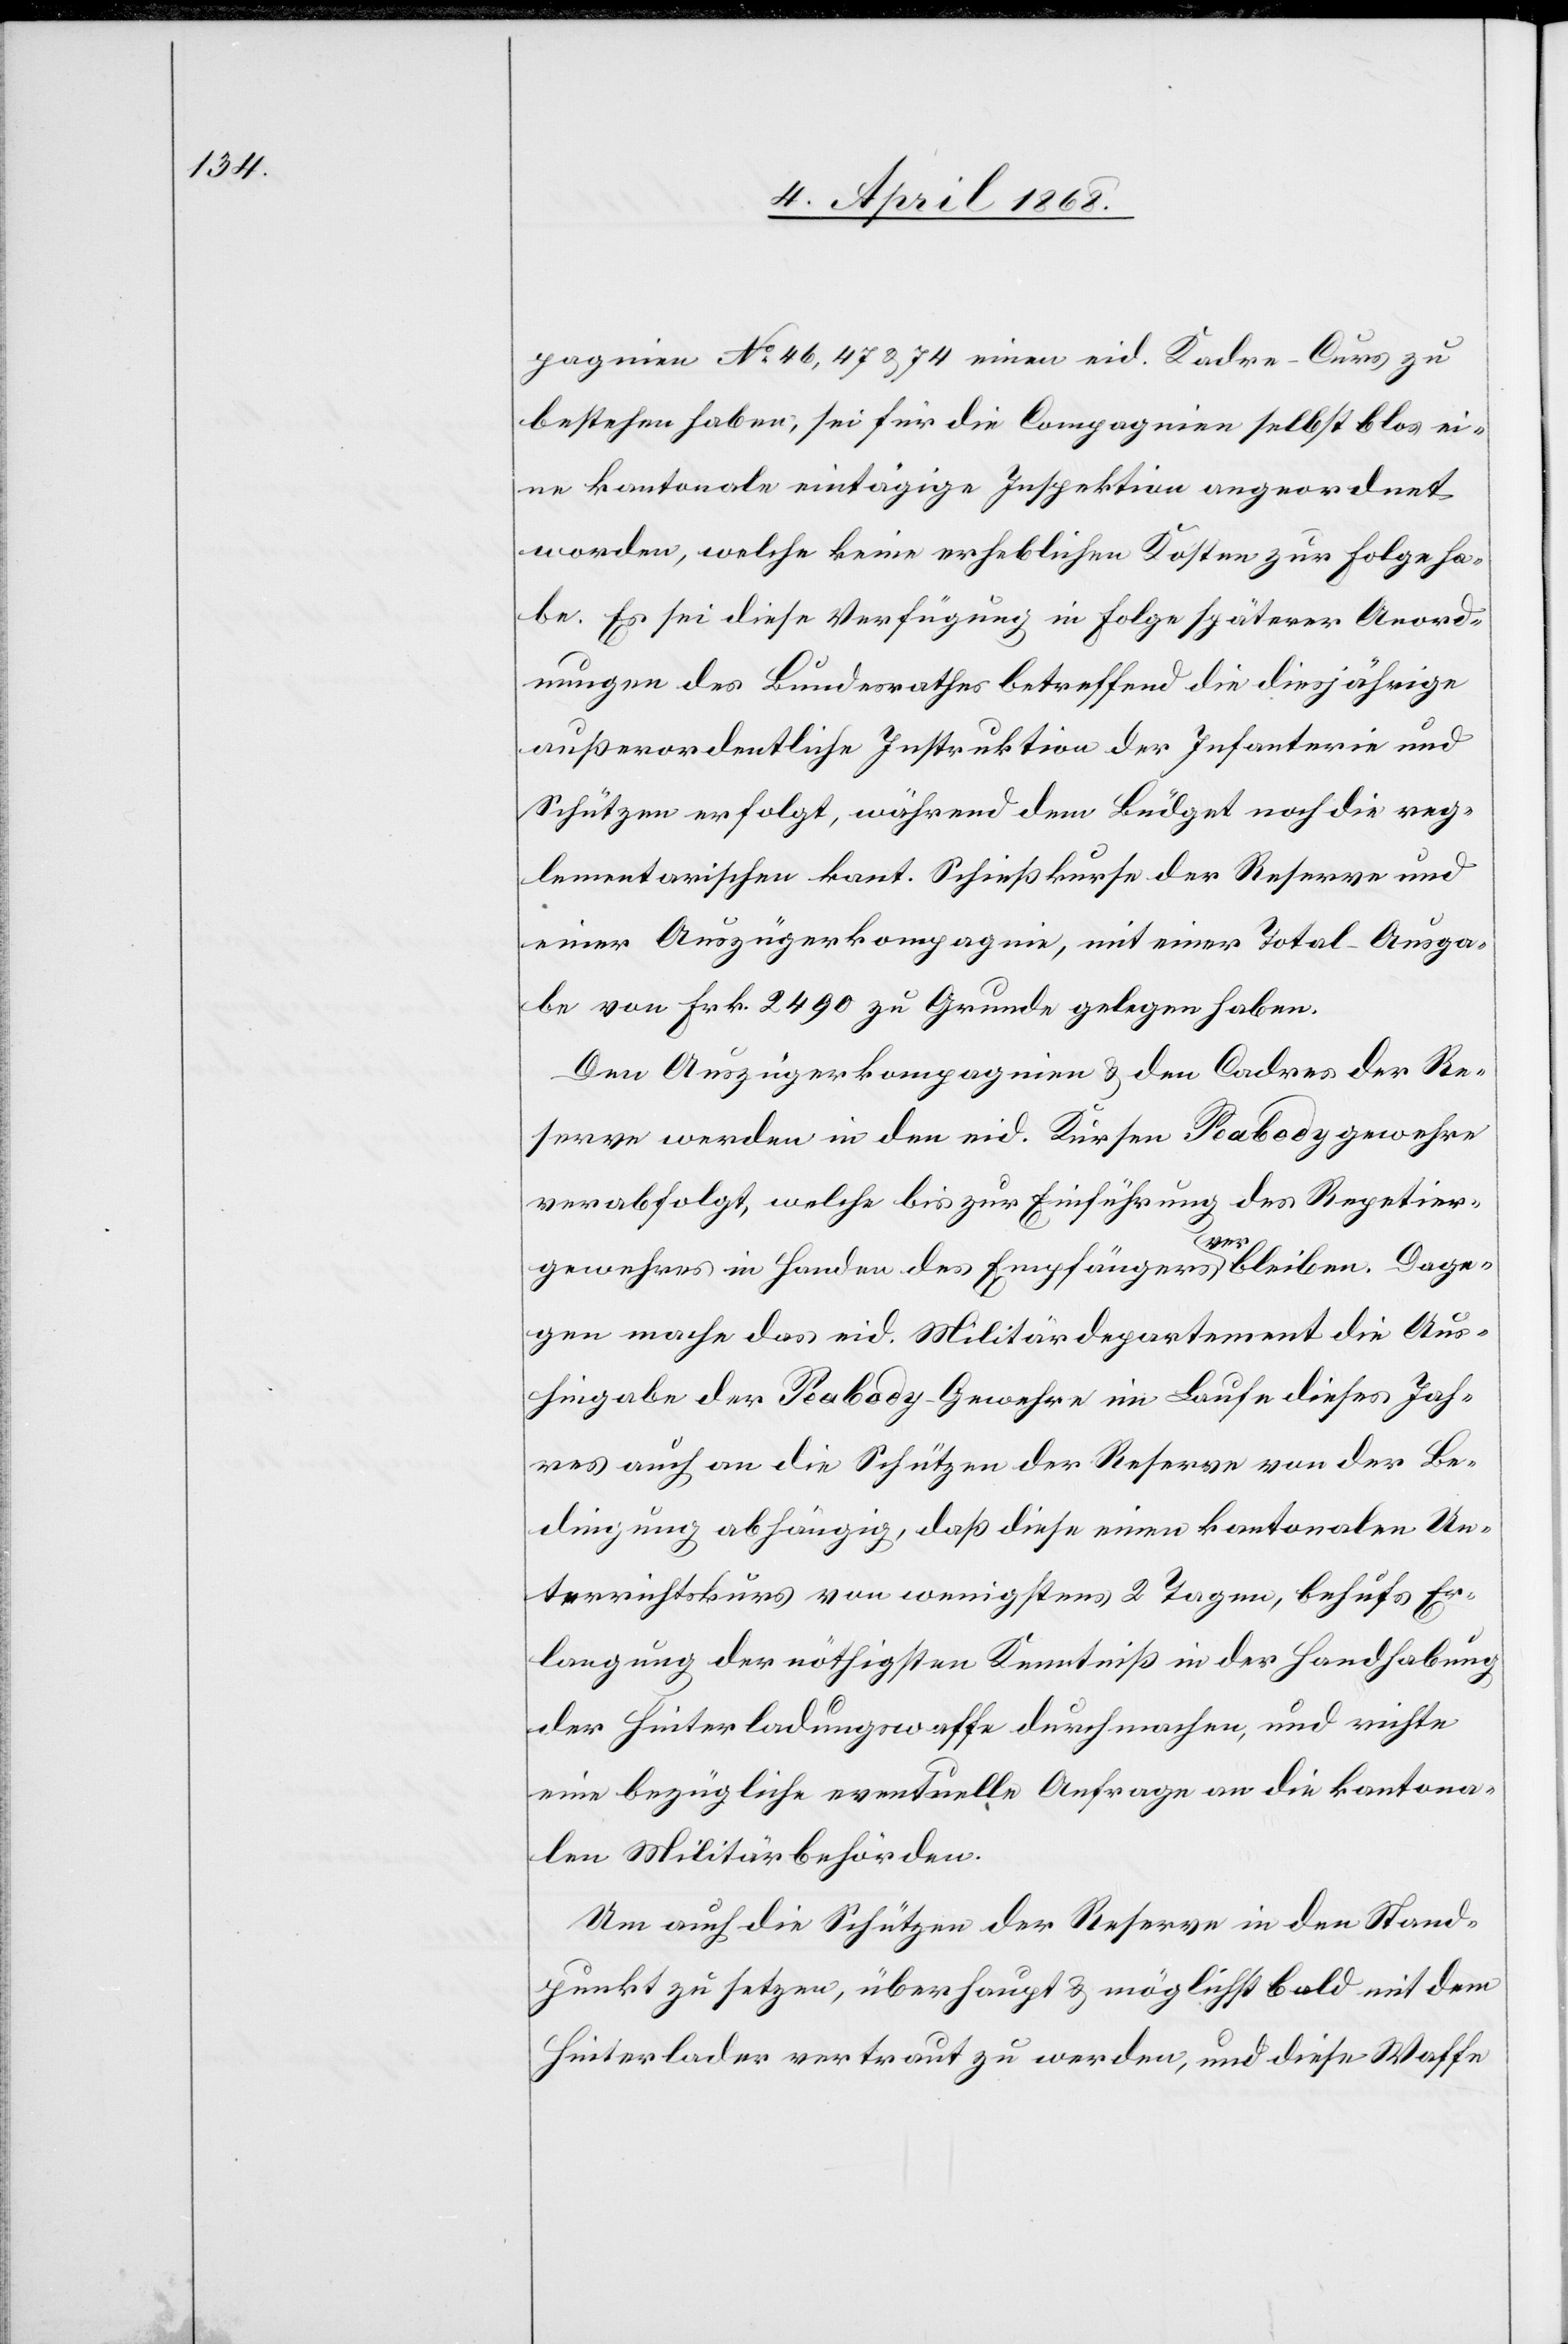
pagnien No. 46, 47 & 74 einen eid. Kadre-Curs zu
bestehen haben, sei für die Compagnien selbst blos ei¬
ne kantonale eintägige Inspektion angeordnet
worden, welche keine erheblichen Kosten zur Folge ha¬
be. Es sei diese Verfügung in Folge späterer Anord¬
nungen des Bundesrathes betreffend die diesjährige
außerordentliche Instruktion der Infanterie und
Schützen erfolgt, während dem Büdget noch die reg¬
lementarischen kant. Schießkurse der Reserve und
einer Auszügerkompagnie, mit einer Total-Ausga¬
be von Frk. 2490 zu Grunde gelegen haben.
Den Auszügerkompagnien & den Cadres der Re¬
serve werden in den eid. Kursen Peabodygewehre
verabfolgt, welche bis zur Einführung des Repetier¬
ver¬
bleiben. Dage¬
gewehres in Handen des Empfängers
gen mache das eid. Militärdepartement die Aus¬
hingabe der Peabody-Gewehre im Laufe dieses Jah¬
res auch an die Schützen der Reserve von der Be¬
dingung abhängig, daß diese einen kantonalen Un¬
terrichtskurs von wenigstens 2 Tagen, behufs Er¬
langung der nöthigsten Kenntniß in der Handhabung
der Hinterladungswaffe durchmachen, und richte
eine bezügliche eventuelle Anfrage an die kantona¬
len Militärbehörden.
Um auch die Schützen der Reserve in den Stand¬
punkt zu setzen, überhaupt & möglichst bald mit dem
Hinterlader vertraut zu werden, und diese Waffe